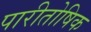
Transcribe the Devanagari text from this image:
पारीतोषिक